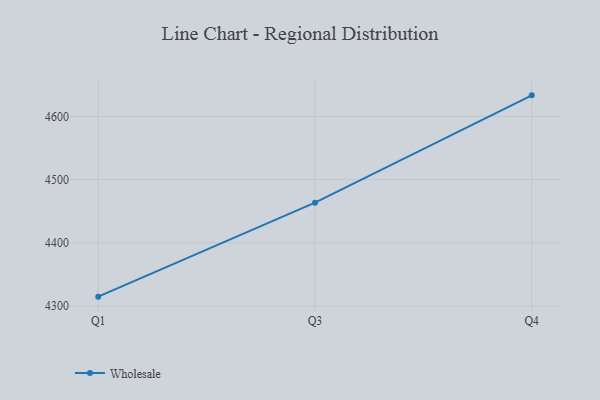
{"axis": {"x": "Quarter", "y": "Active Users"}, "legend": ["Wholesale"], "data": [{"x": "Q1", "y": 4314.9, "type": "Wholesale"}, {"x": "Q3", "y": 4463.6, "type": "Wholesale"}, {"x": "Q4", "y": 4633.3, "type": "Wholesale"}]}